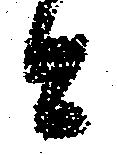
々